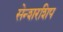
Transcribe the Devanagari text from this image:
सेन्शरशिप